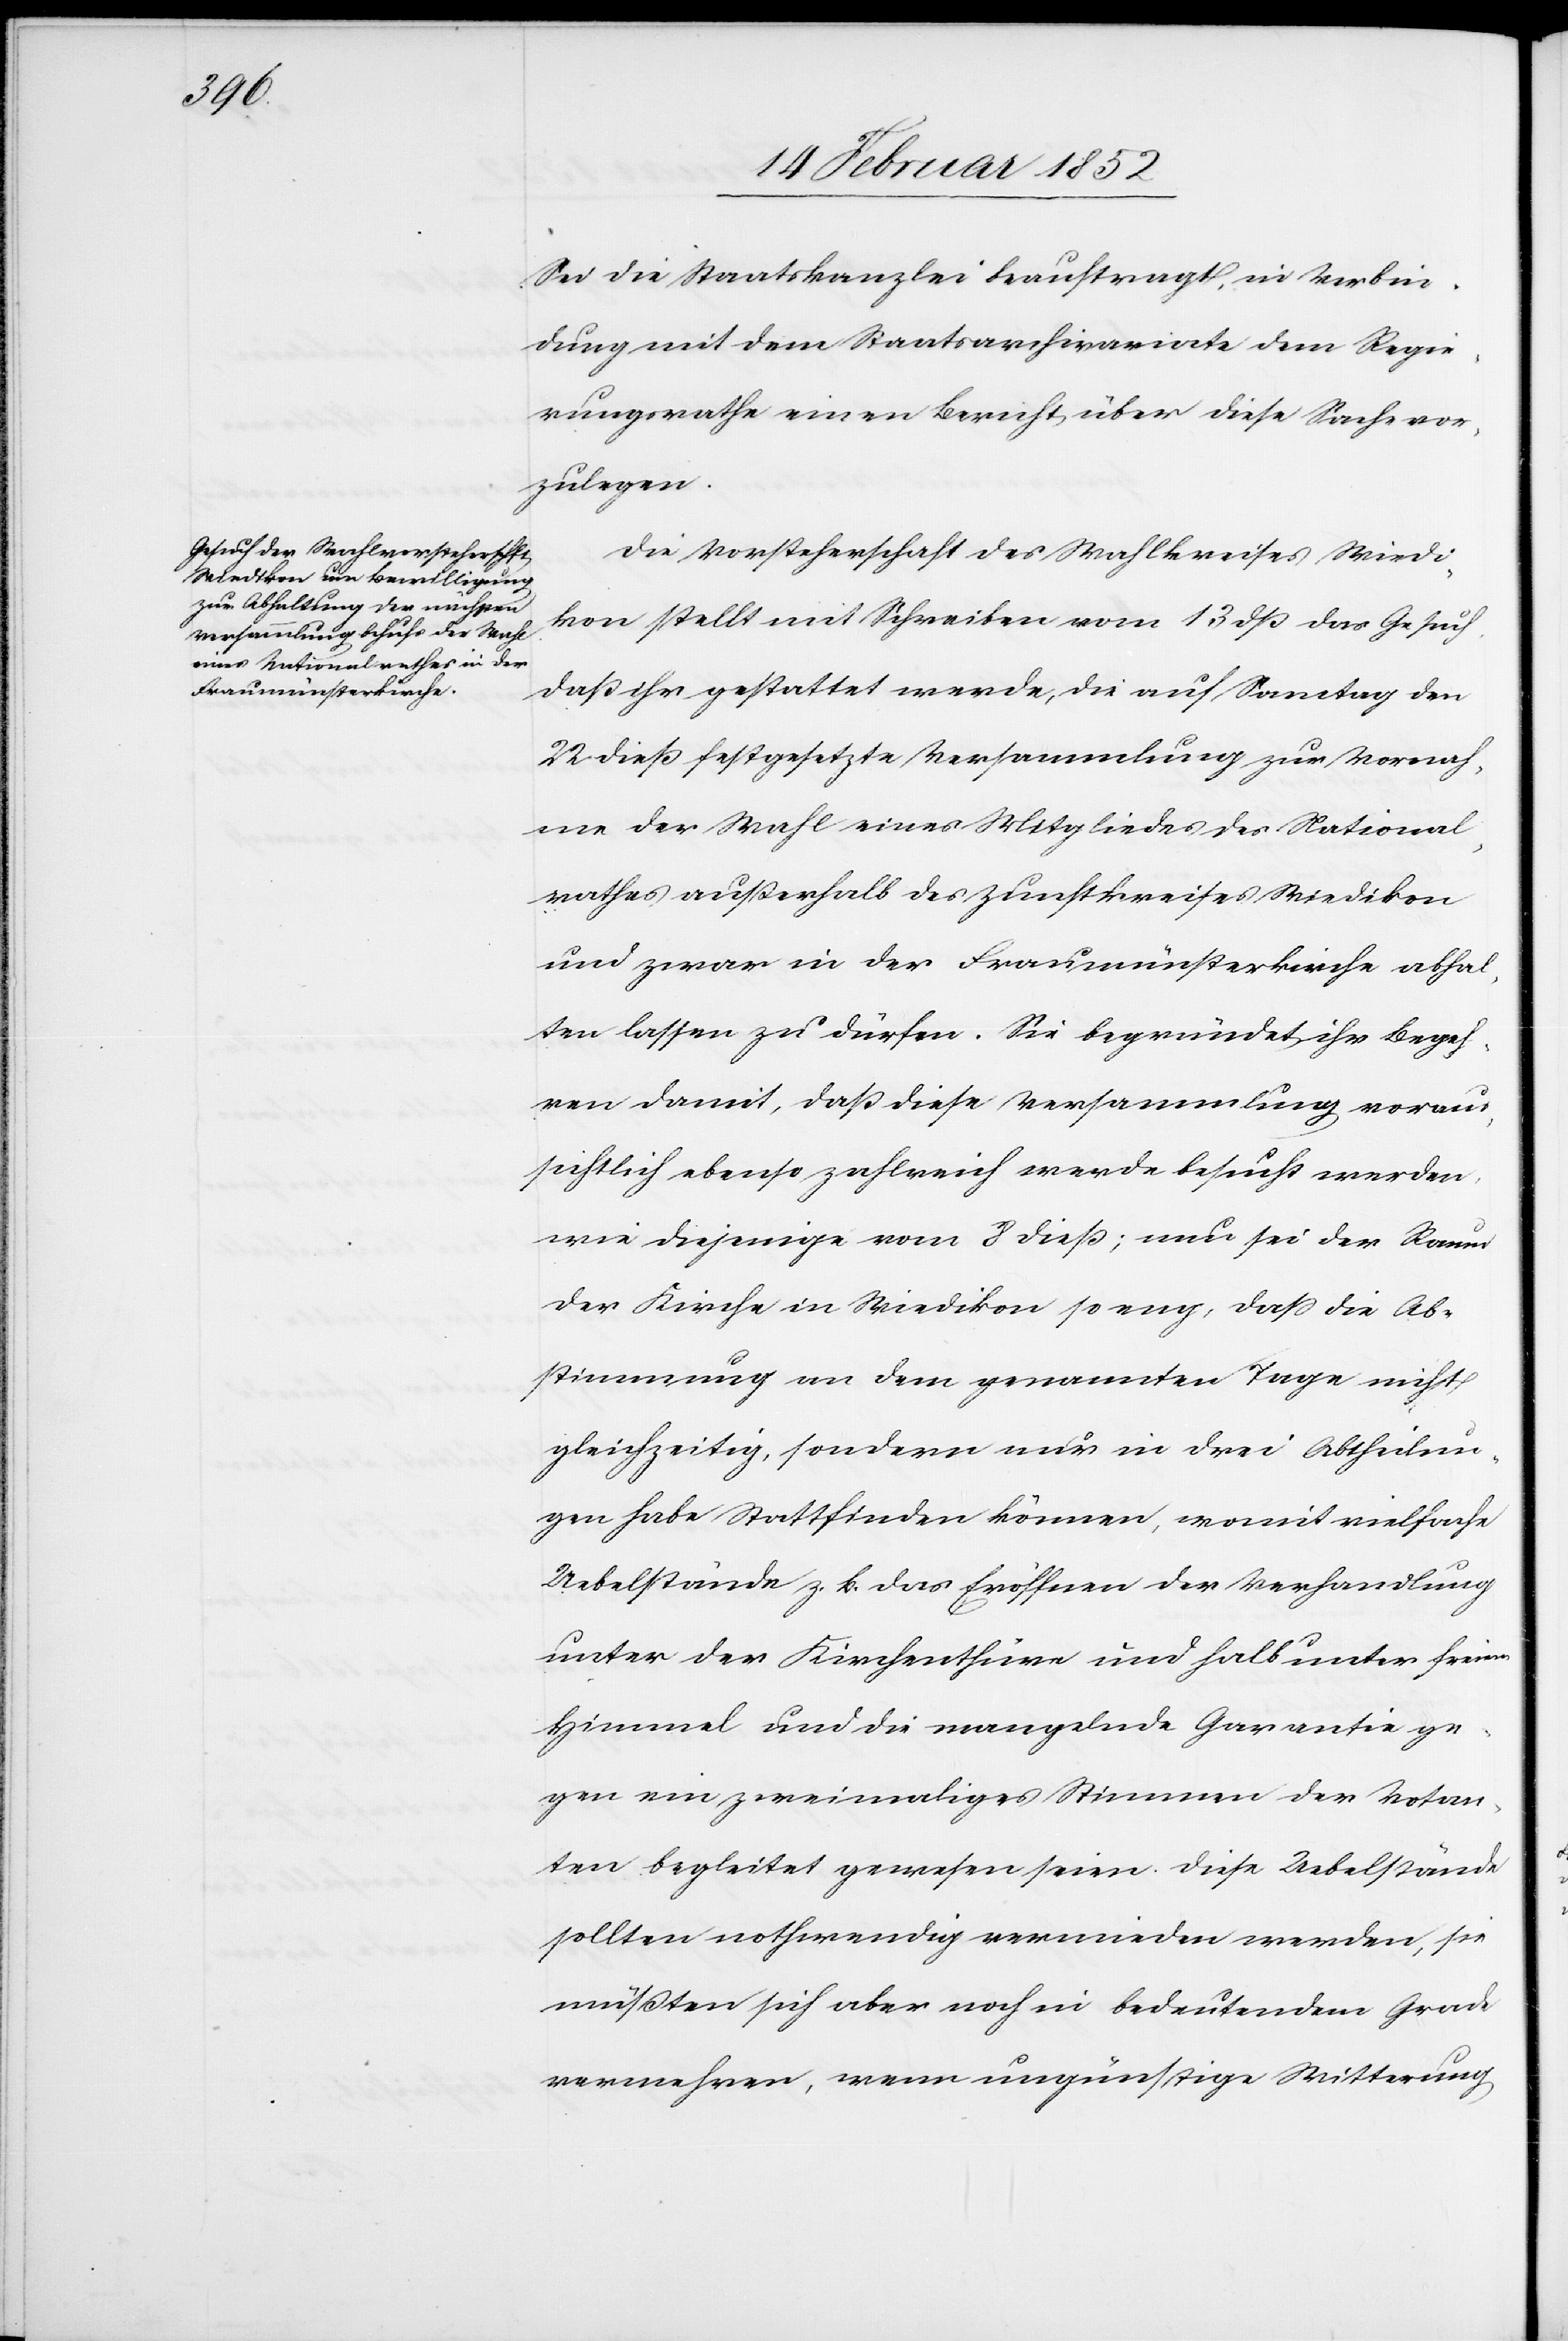
Sei die Staatskanzlei beauftragt, in Verbin¬
dung mit dem Staatsarchivariate dem Regie¬
rungsrathe einen Bericht über diese Sache vor¬
zulegen.
Die Vorsteherschaft des Wahlkreises Wiedi¬
kon stellt mit Schreiben vom 13 dß das Gesuch,
daß ihr gestattet werde, die auf Sonntag den
22 dieß festgesetzte Versammlung zur Vornah¬
me der Wahl eines Mitgliedes des National¬
rathes außerhalb des Zunftkreises Wiedikon
und zwar in der Fraumünsterkirche abhal¬
ten lassen zu dürfen. Sie begründet ihr Begeh¬
ren damit, daß diese Versammlung vorau¬
ssichtlich ebenso zahlreich werde besucht werden
wie diejenige vom 8 dieß; nun sei der Raum
der Kirche in Wiedikon so eng, daß die Ab¬
stimmung an dem genannten Tage nicht
gleichzeitig, sondern nur in drei Abtheilun¬
gen habe Stattfinden können, womit vielfache
Uebelstände z. B. das Eröffnen der Verhandlung
unter der Kirchenthüre und halb unter freiem
Himmel und die mangelnde Garantie ge¬
gen ein zweimaliges Stimmen der Votan¬
ten begleitet gewesen seien. Diese Uebelstände
sollten nothwendig vermieden werden, sie
müßten sich aber noch in bedeutendem Grade
vermehren, wenn ungünstige Witterung